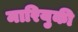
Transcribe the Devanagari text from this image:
मारियुकी